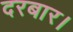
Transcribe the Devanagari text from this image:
दरबार।